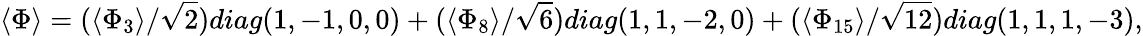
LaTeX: \langle\Phi\rangle=({\langle\Phi_{3}\rangle}/\sqrt{2})diag(1,-1,0,0)+({\langle\Phi_{8}\rangle}/\sqrt{6})diag(1,1,-2,0)+({\langle\Phi_{15}\rangle}/\sqrt{12})diag(1,1,1,-3),